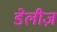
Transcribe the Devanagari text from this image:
डेलीज़